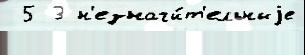
 5 3 н'езначи́т'ельныjе